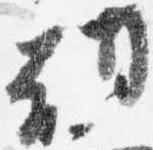
朝